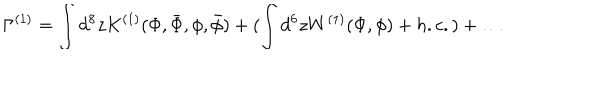
\Gamma ^ { ( 1 ) } = \int d ^ { 8 } z K ^ { ( 1 ) } ( \Phi , \bar { \Phi } , \phi , \bar { \phi } ) + ( \int d ^ { 6 } z W ^ { ( 1 ) } ( \Phi , \phi ) + h . c . ) + \ldots